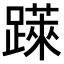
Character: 𨅼